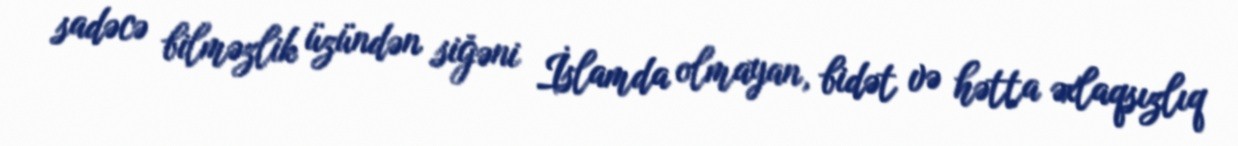
sadəcə bilməzlik üzündən siğəni İslamda olmayan, bidət və hətta əxlaqsızlıq